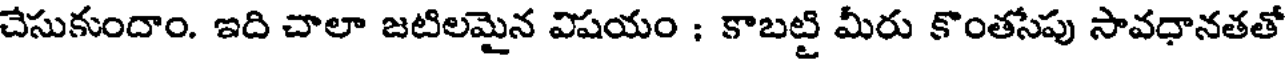
చేసుకుందాం. ఇది చాలా జటిలమైన విషయం ; కాబట్టి మీరు కొంతసేపు సావధానతతో